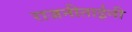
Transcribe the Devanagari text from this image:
राजनीताईनी